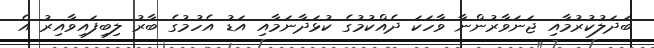
ބަދަލުކުރުމާއި ޖަނަވާރުންނާ ވާހަކަ ދެއްކުމުގެ ކުޅަދާނަމާއި އަޑު އެހުމުގެ ބާރު ލިބިފައިވާއިރު އެ